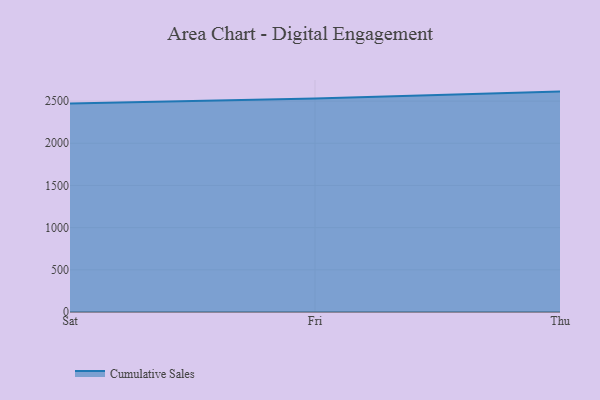
{"axis": {"x": "Day", "y": "Active Users"}, "legend": ["Cumulative Sales"], "data": [{"x": "Sat", "y": 2472.1, "type": "Cumulative Sales"}, {"x": "Fri", "y": 2530.2, "type": "Cumulative Sales"}, {"x": "Thu", "y": 2612.6, "type": "Cumulative Sales"}]}